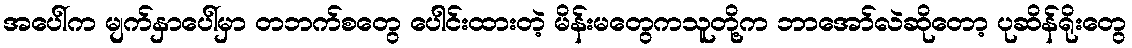
အပေါ်က မျက်နှာပေါ်မှာ တဘက်စတွေ ပေါင်းထားတဲ့ မိန်းမတွေကသူတို့က ဘာအော်လဲဆိုတော့ ပုဆိန်ရိုးတွေ